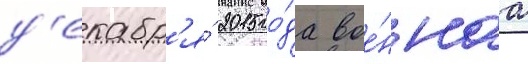
д'екабр'я́ 2015 го́да вое́ннаа